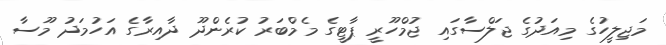
މަޖިލީހުގެ މިއަދުގެ ޖަލްސާގައި ޖުމްހޫރީ ޕާޓީގެ މެމްބަރު ކުރެންދޫ ދާއިރާގެ އަހުމަދު މޫސާ